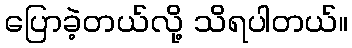
ပြောခဲ့တယ်လို့ သိရပါတယ်။